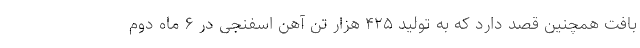
بافت همچنین قصد دارد که به تولید ۴۲۵ هزار تن آهن اسفنجی در ۶ ماه دوم